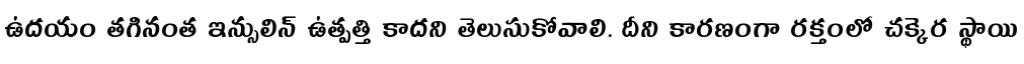
ఉదయం తగినంత ఇన్సులిన్ ఉత్పత్తి కాదని తెలుసుకోవాలి. దీని కారణంగా రక్తంలో చక్కెర స్థాయి